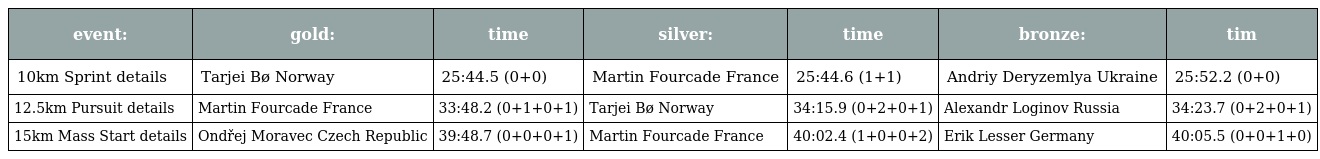
| event: | gold: | time | silver: | time | bronze: | tim |
 | --- | --- | --- | --- | --- | --- | --- |
 | 10km Sprint details | Tarjei Bø Norway | 25:44.5 (0+0) | Martin Fourcade France | 25:44.6 (1+1) | Andriy Deryzemlya Ukraine | 25:52.2 (0+0) |
 | 12.5km Pursuit details | Martin Fourcade France | 33:48.2 (0+1+0+1) | Tarjei Bø Norway | 34:15.9 (0+2+0+1) | Alexandr Loginov Russia | 34:23.7 (0+2+0+1) |
 | 15km Mass Start details | Ondřej Moravec Czech Republic | 39:48.7 (0+0+0+1) | Martin Fourcade France | 40:02.4 (1+0+0+2) | Erik Lesser Germany | 40:05.5 (0+0+1+0) |